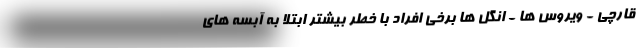
قارچی - ویروس ها - انگل ها برخی افراد با خطر بیشتر ابتلا به آبسه های